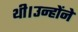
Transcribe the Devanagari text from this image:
थी।उन्होंने